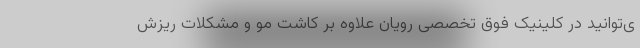
ی‌توانید در کلینیک فوق تخصصی رویان علاوه ‌بر کاشت مو و مشکلات ریزش